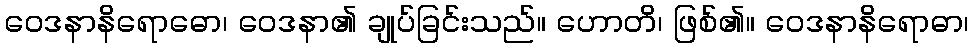
ဝေဒနာနိရောဓော၊ ဝေဒနာ၏ ချုပ်ခြင်းသည်။ ဟောတိ၊ ဖြစ်၏။ ဝေဒနာနိရောဓာ၊